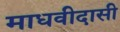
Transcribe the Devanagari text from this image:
माधवीदासी